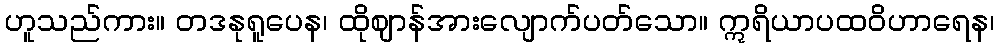
ဟူသည်ကား။ တဒနုရူပေန၊ ထိုဈာန်အားလျောက်ပတ်သော။ ဣရိယာပထဝိဟာရေန၊